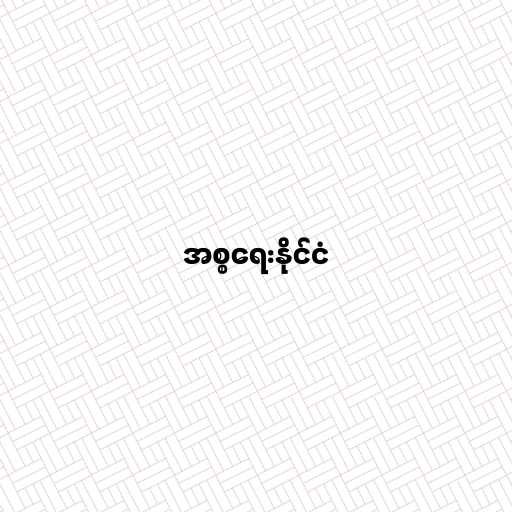
အစ္စရေးနိုင်ငံ